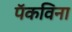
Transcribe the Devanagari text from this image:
पॅकविना